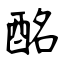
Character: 酩